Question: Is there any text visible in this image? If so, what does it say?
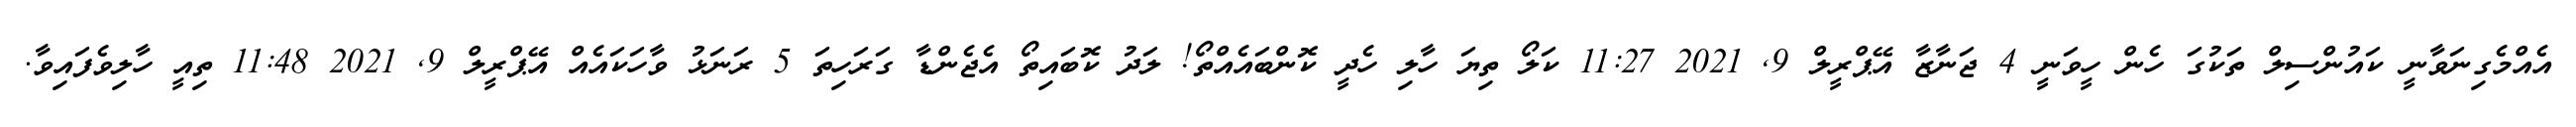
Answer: އެއްމެގިނަވާނީ ކައުންސިލް ތަކުގަ ހެން ހީވަނީ 4 ޖަނާޒާ އޭޕްރީލް 9, 2021 11:27 ކަލޯ ތިޔަ ހާލި ހެދީ ކޮންބައެއްތޯ! ލަދު ކޮބައިތޯ އެޖެންޑާ ގަރަހިތަ 5 ރަނަޅު ވާހަކައެއް އޭޕްރީލް 9, 2021 11:48 ތިއީ ހާލިވެފައިވާ.